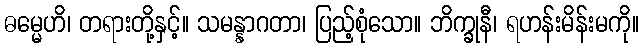
ဓမ္မေဟိ၊ တရားတို့နှင့်။ သမန္နာဂတာ၊ ပြည့်စုံသော။ ဘိက္ခုနီ၊ ရဟန်းမိန်းမကို။